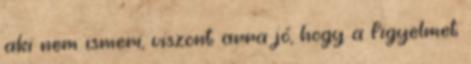
aki nem ismeri, viszont arra jó, hogy a figyelmet